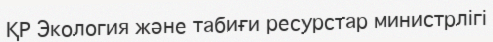
ҚР Экология және табиғи ресурстар министрлігі